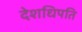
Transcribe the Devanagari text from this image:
देशधिपति